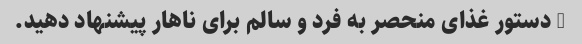
5 دستور غذای منحصر به فرد و سالم برای ناهار پیشنهاد دهید.